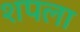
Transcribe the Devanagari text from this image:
शपला